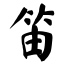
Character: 笛